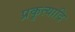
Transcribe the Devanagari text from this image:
प्रकृत्यादि